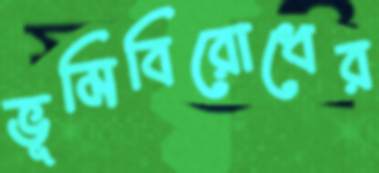
ভূমিবিরোধের